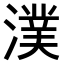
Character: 𣾴